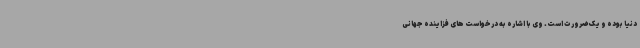
دنیا بوده و یک ضرورت است. وی با اشاره به درخواست های فزاینده جهانی